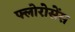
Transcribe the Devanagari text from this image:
फ्लोरोसेंस